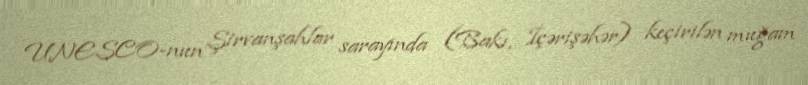
UNESCO-nun Şirvanşahlar sarayında (Bakı, İçərişəhər) keçirilən muğam